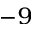
^ { - 9 }